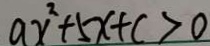
a x ^ { 2 } + 5 x + c > 0